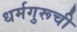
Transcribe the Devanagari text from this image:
धर्मगुरूची